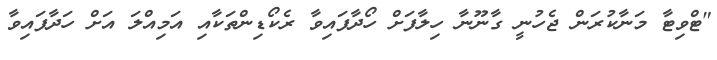
"ޓްވިޓާ މަނާކުރަން ޖެހުނީ ގާނޫނާ ހިލާފަށް ހޯދާފައިވާ ރެކޯޑިންތަކާއި އަމިއްލަ އަށް ހަދާފައިވާ